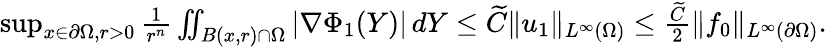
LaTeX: \begin{array}{r}{\operatorname*{sup}_{x\in\partial\Omega,r>0}\frac{1}{r^{n}}\iint_{B(x,r)\cap\Omega}|\nabla\Phi_{1}(Y)|\, dY\le\widetilde{C}\| u_{1}\| _{L^{\infty}(\Omega)}\le\frac{\widetilde{C}}{2}\| f_{0}\| _{L^{\infty}(\partial\Omega)}.}\end{array}